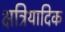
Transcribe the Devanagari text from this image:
क्षत्रियादिक